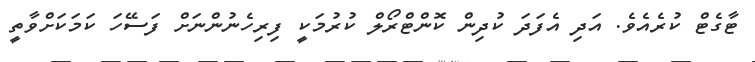
ޓާގެޓް ކުރެއެވެ. އަދި އެފަދަ ކުދިން ކޮންޓްރޯލް ކުރުމަކީ ފިރިހެނުންނަށް ފަސޭހަ ކަމަކަށްވާތީ